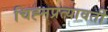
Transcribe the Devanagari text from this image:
चिह्नप्रत्यावर्ती